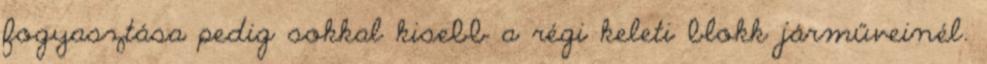
fogyasztása pedig sokkal kisebb a régi keleti blokk járműveinél.